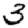
Digit: 3